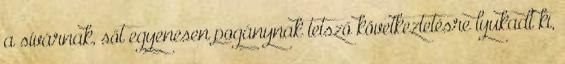
a sívárnak, sőt egyenesen pogánynak tetsző következtetésre lyukadt ki,